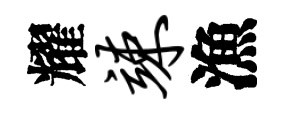
耀竦漁